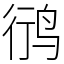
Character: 鸻